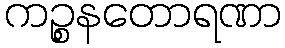
ကဉ္စနတောရဏာ